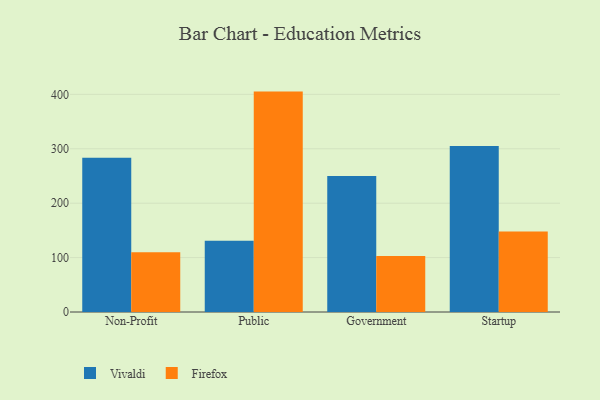
{"axis": {"x": "Segment", "y": "Backlog"}, "legend": ["Firefox", "Vivaldi"], "data": [{"x": "Non-Profit", "y": 283.4, "type": "Vivaldi"}, {"x": "Non-Profit", "y": 109.6, "type": "Firefox"}, {"x": "Public", "y": 130.8, "type": "Vivaldi"}, {"x": "Public", "y": 405.1, "type": "Firefox"}, {"x": "Government", "y": 249.9, "type": "Vivaldi"}, {"x": "Government", "y": 102.8, "type": "Firefox"}, {"x": "Startup", "y": 305.1, "type": "Vivaldi"}, {"x": "Startup", "y": 147.9, "type": "Firefox"}]}